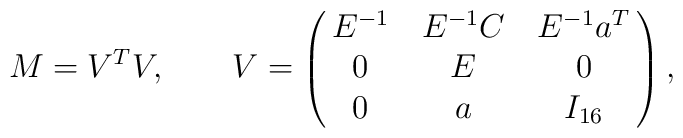
M = V^T V, \ \ \  \ \ \ V  =\left ( \matrix{E^{-1} & E^{-1}C & E^{-1}a^T \cr0 & E & 0 \cr 0 & a & I_{16}} \right )  ,